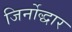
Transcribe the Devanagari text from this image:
जिर्नोद्धार